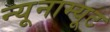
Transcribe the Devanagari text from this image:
न्यूनाम्यूट